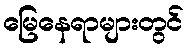
မြေနေရာများတွင်